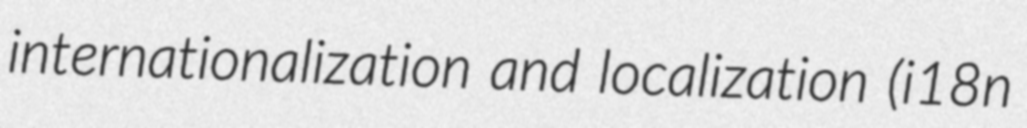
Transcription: internationalization and localization (i18n